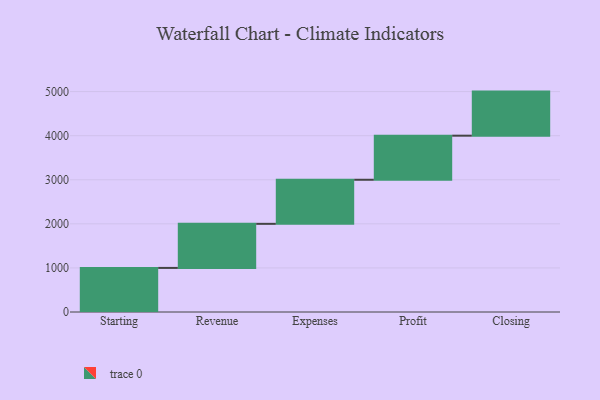
{"axis": {"x": "Step", "y": "Value"}, "legend": [""], "data": [{"x": "Starting", "y": 1000, "type": ""}, {"x": "Revenue", "y": 1000, "type": ""}, {"x": "Expenses", "y": 1000, "type": ""}, {"x": "Profit", "y": 1000, "type": ""}, {"x": "Closing", "y": 1000, "type": ""}]}